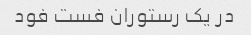
در یک رستوران فست فود